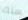
سنك